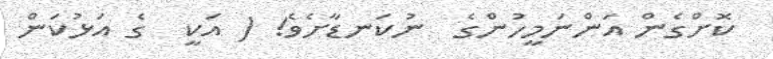
ކޮށްގެން އަންނަމީހުންގެ  ނުކަނޑާށެވެ! ( އަކީ  ގެ އަޅުކަން